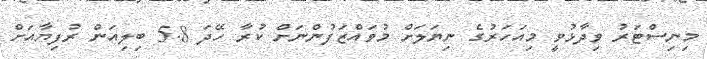
މިނިސްޓަރު ވިދާޅުވީ މިއަހަރުގެ ނިޔަލަށް މުވައްޒަފުންނަށް ކުރާ ހޭދަ 5.8 ބިލިއަން ރުފިޔާއަށް